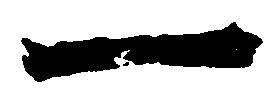
一